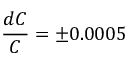
\frac { d C } { C } = \pm 0 . 0 0 0 5